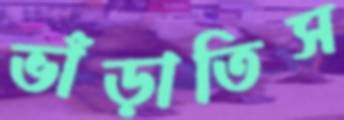
ভাঁড়াতিস